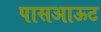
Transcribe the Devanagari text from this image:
पासआऊट